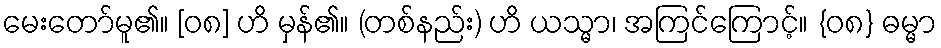
မေးတော်မူ၏။ [၀၈] ဟိ မှန်၏။ (တစ်နည်း) ဟိ ယသ္မာ၊ အကြင်ကြောင့်။ {၀၈} ဓမ္မာ